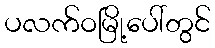
ပလက်ဝမြို့ပေါ်တွင်